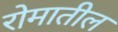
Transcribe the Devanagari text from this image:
रोमातील